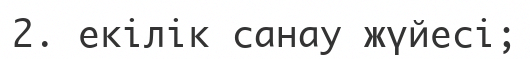
2. екiлiк санау жүйесi;